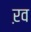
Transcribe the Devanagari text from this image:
ऱव